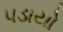
પડાયો